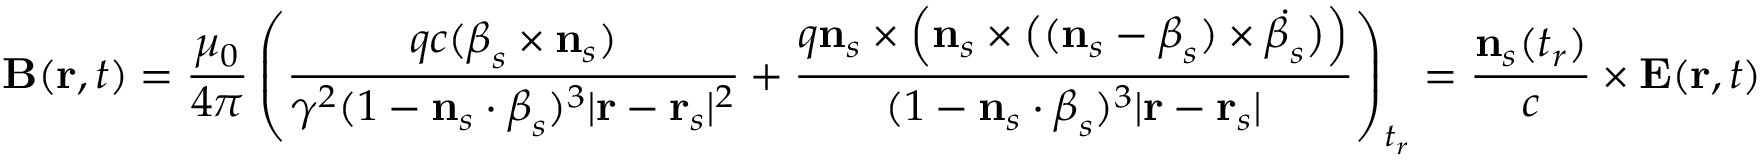
\mathbf { B } ( \mathbf { r } , t ) = { \frac { \mu _ { 0 } } { 4 \pi } } \left( { \frac { q c ( { \boldsymbol { \beta } } _ { s } \times \mathbf { n } _ { s } ) } { \gamma ^ { 2 } ( 1 - \mathbf { n } _ { s } \cdot { \boldsymbol { \beta } } _ { s } ) ^ { 3 } | \mathbf { r } - \mathbf { r } _ { s } | ^ { 2 } } } + { \frac { q \mathbf { n } _ { s } \times { \Big ( } \mathbf { n } _ { s } \times { \big ( } ( \mathbf { n } _ { s } - { \boldsymbol { \beta } } _ { s } ) \times { \dot { { \boldsymbol { \beta } } _ { s } } } { \big ) } { \Big ) } } { ( 1 - \mathbf { n } _ { s } \cdot { \boldsymbol { \beta } } _ { s } ) ^ { 3 } | \mathbf { r } - \mathbf { r } _ { s } | } } \right) _ { t _ { r } } = { \frac { \mathbf { n } _ { s } ( t _ { r } ) } { c } } \times \mathbf { E } ( \mathbf { r } , t )